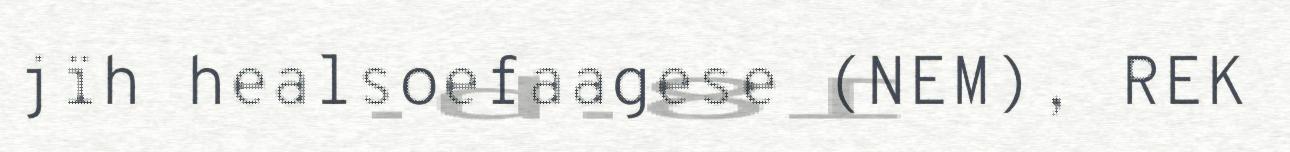
jïh healsoefaagese (NEM), REK